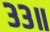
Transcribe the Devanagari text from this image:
३३॥